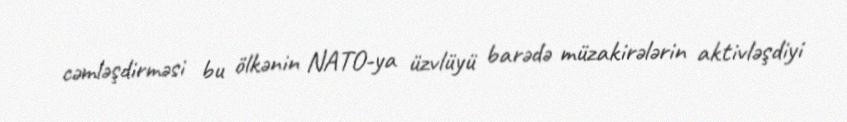
cəmləşdirməsi bu ölkənin NATO-ya üzvlüyü barədə müzakirələrin aktivləşdiyi